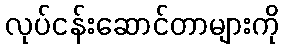
လုပ်ငန်းဆောင်တာများကို